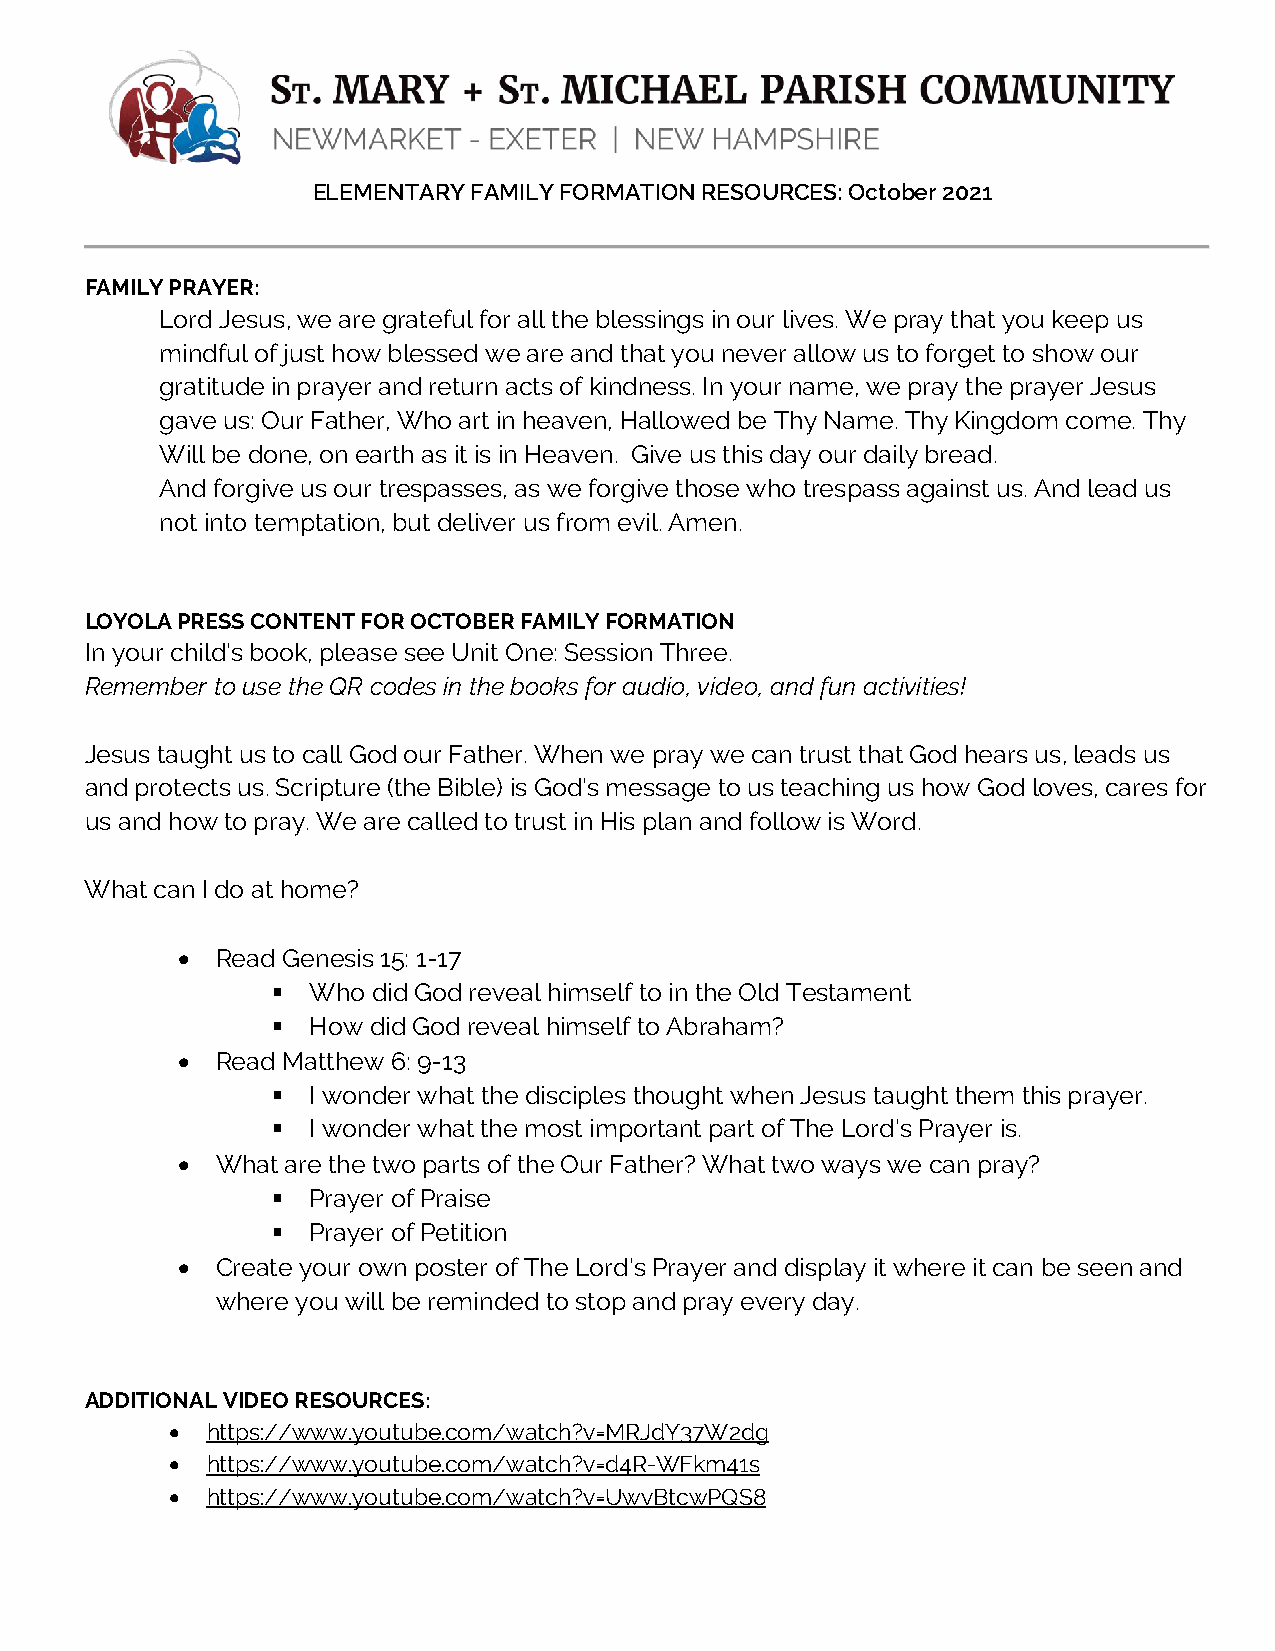
ELEMENTARY FAMILY FORMATION RESOURCES: October 2021
 FAMILY PRAYER:
 Lord Jesus, we are grateful for all the blessings in our lives. We pray that you keep us
 mindful of just how blessed we are and that you never allow us to forget to show our
 gratitude in prayer and return acts of kindness. In your name, we pray the prayer Jesus
 gave us: Our Father, Who art in heaven, Hallowed be Thy Name. Thy Kingdom come. Thy
 Will be done, on earth as it is in Heaven. Give us this day our daily bread.
 And forgive us our trespasses, as we forgive those who trespass against us. And lead us
 not into temptation, but deliver us from evil. Amen.
 LOYOLA PRESS CONTENT FOR OCTOBER FAMILY FORMATION
 In your child’s book, please see Unit One: Session Three.
 Remember to use the QR codes in the books for audio, video, and fun activities!
 Jesus taught us to call God our Father. When we pray we can trust that God hears us, leads us
 and protects us. Scripture (the Bible) is God’s message to us teaching us how God loves, cares for
 us and how to pray. We are called to trust in His plan and follow is Word.
 What can I do at home?
 • Read Genesis 15: 1-17
  Who  did God reveal himself to in the Old Testament
  How did God reveal himself to Abraham?
 • Read Matthew 6: 9-13
  I wonder what the disciples thought when Jesus taught them this prayer.
  I wonder what the most important part of The Lord's Prayer is.
 • What are the two parts of the Our Father? What two ways we can pray?
  Prayer of Praise
  Prayer of Petition
 • Create your own poster of The Lord's Prayer and display it where it can be seen and
 where you will be reminded to stop and pray every day.
 ADDITIONAL VIDEO RESOURCES:
 •  https://www.youtube.com/watch?v=MRJdY37W2dg
 •  https://www.youtube.com/watch?v=d4R-WFkm41s
 •  https://www.youtube.com/watch?v=UwvBtcwPQS8